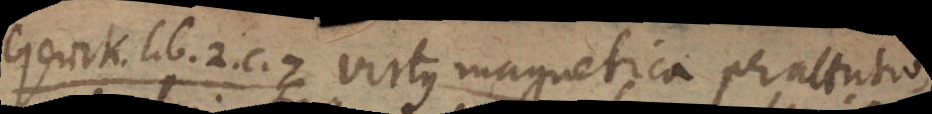
Gerick. lib. 2. c. 7 virtus magnetica per attritio